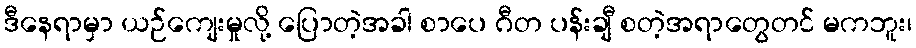
ဒီနေရာမှာ ယဉ်ကျေးမှုလို့ ပြောတဲ့အခါ စာပေ ဂီတ ပန်းချီ စတဲ့အရာတွေတင် မကဘူး၊